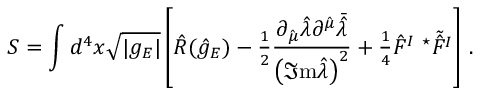
S = \int d ^ { 4 } x \sqrt { | g _ { E } | } \left[ \hat { R } ( \hat { g } _ { E } ) - { \textstyle \frac { 1 } { 2 } } \frac { \partial _ { \hat { \mu } } \hat { \lambda } \partial ^ { \hat { \mu } } \bar { \hat { \lambda } } } { \left( \Im \mathrm { m } \hat { \lambda } \right) ^ { 2 } } + { \textstyle \frac { 1 } { 4 } } \hat { F } ^ { I } \ { } ^ { \star } \tilde { \hat { F } ^ { I } } \right] \, .